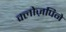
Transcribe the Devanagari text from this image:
क्लोज़पिने